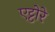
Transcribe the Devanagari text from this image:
एट्टोरे